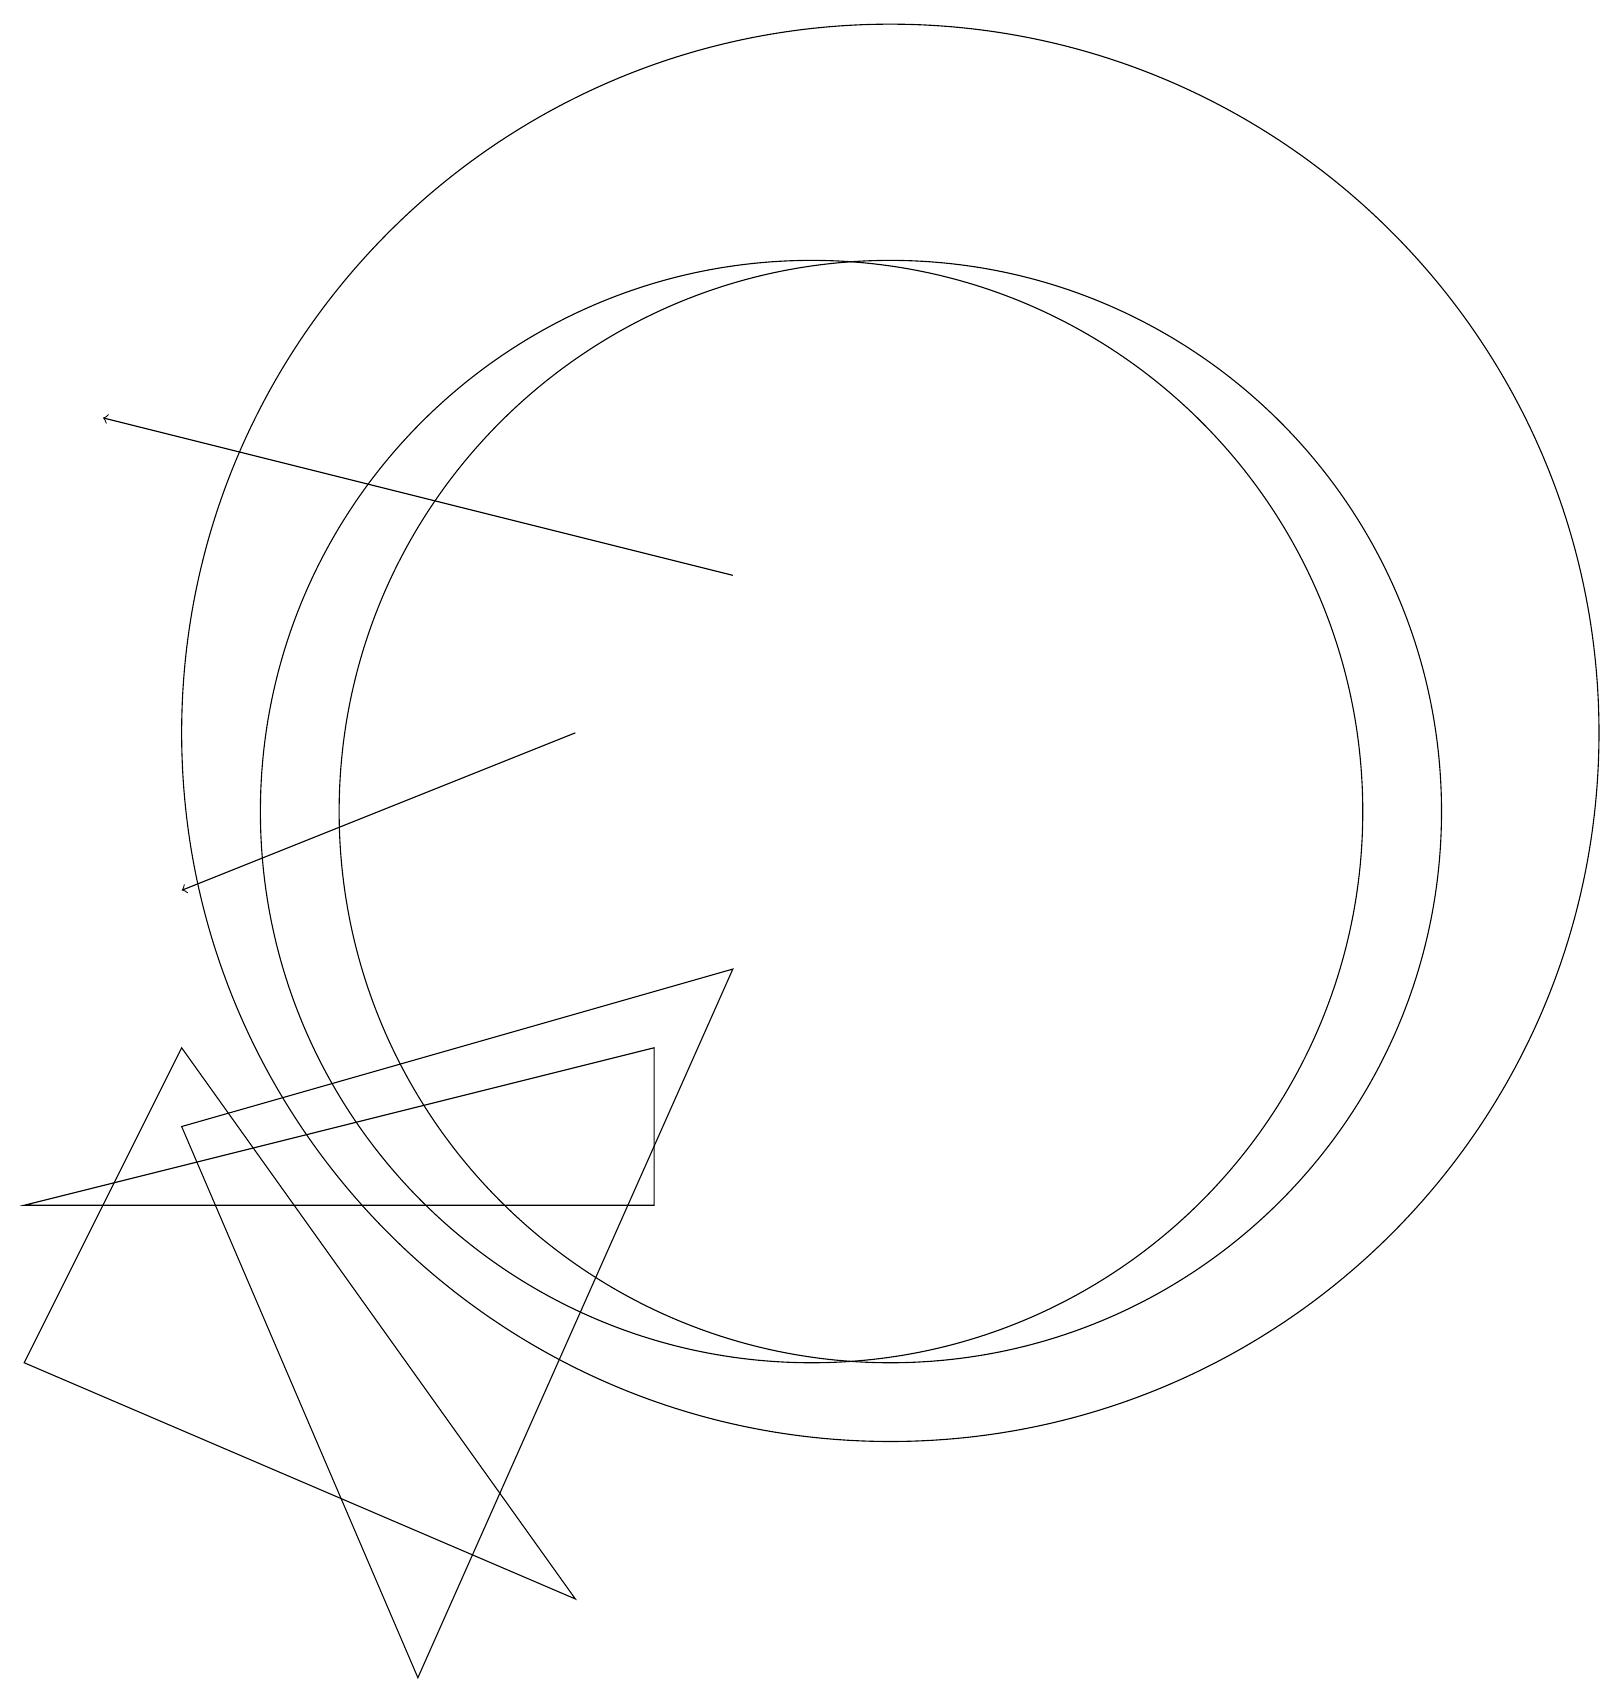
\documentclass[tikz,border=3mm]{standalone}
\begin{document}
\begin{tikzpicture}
\draw (9,9) -- (2,7) -- (5,0) -- cycle;
\draw[->] (9,14) -- (1,16);
\draw (11,11) circle (7);
\draw (10,11) circle (7);
\draw (11,12) circle (9);
\draw[->] (7,12) -- (2,10);
\draw (8,8) -- (0,6) -- (8,6) -- cycle;
\draw (2,8) -- (7,1) -- (0,4) -- cycle;
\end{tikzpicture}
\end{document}